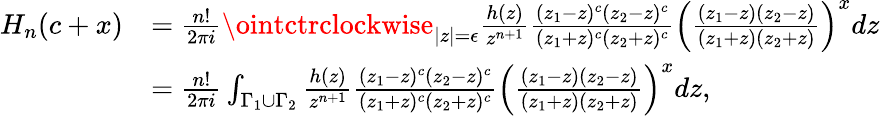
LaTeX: \begin{array}{rl}{H_{n}(c+x)}&{=\frac{n!}{2\pi i}\ointctrclockwise_{|z|=\epsilon}\frac{h(z)}{z^{n+1}}\frac{(z_{1}-z)^{c}(z_{2}-z)^{c}}{(z_{1}+z)^{c}(z_{2}+z)^{c}}\left(\frac{(z_{1}-z)(z_{2}-z)}{(z_{1}+z)(z_{2}+z)}\right)^{x}dz}\\ &{=\frac{n!}{2\pi i}\int_{\Gamma_{1}\cup\Gamma_{2}}\frac{h(z)}{z^{n+1}}\frac{(z_{1}-z)^{c}(z_{2}-z)^{c}}{(z_{1}+z)^{c}(z_{2}+z)^{c}}\left(\frac{(z_{1}-z)(z_{2}-z)}{(z_{1}+z)(z_{2}+z)}\right)^{x}dz,}\end{array}